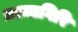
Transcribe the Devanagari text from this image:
ध्वजागिरि